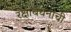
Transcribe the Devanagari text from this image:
रक्षाबंधनाची